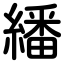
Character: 繙